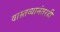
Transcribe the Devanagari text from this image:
वास्तव्यानंतरही